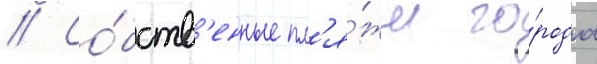
// Со́бств'енные пл'я́жи го́рода